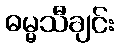
ဓမ္မသီချင်း